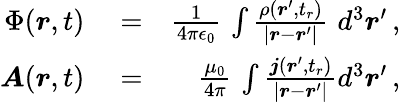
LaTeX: \begin{array}{rlr}{\Phi(\boldsymbol{r},t)}&{{}=}&{\frac{1}{4\pi\epsilon_{0}}\, \int\frac{\rho(\boldsymbol{r}^{\prime},t_{r})}{|\boldsymbol{r}-\boldsymbol{r}^{\prime}|}\, \, d^{3}\boldsymbol{r}^{\prime}\, ,}\\ {\boldsymbol{A}(\boldsymbol{r},t)}&{{}=}&{\frac{\mu_{0}}{4\pi}\, \int\frac{\boldsymbol{j}(\boldsymbol{r}^{\prime},t_{r})}{|\boldsymbol{r}-\boldsymbol{r}^{\prime}|}d^{3}\boldsymbol{r}^{\prime}\, ,}\end{array}